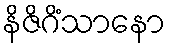
နိဇိဂိံသာနော